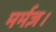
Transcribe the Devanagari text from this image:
मर्मज्ञ।